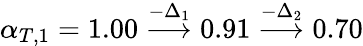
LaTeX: \alpha_{T,1}=1.00\overset{-\Delta_{1}}{\longrightarrow}0.91\overset{-\Delta_{2}}{\longrightarrow}0.70